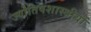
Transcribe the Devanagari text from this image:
ज्योतिषशास्त्रीयों